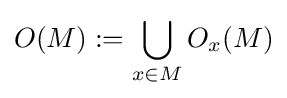
O(M):=\bigcup \limits _{x\in M}O_{x}(M)